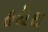
હદીથ